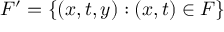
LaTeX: F ^ { \prime } = \{ ( x , t , y ) : ( x , t ) \in F \}